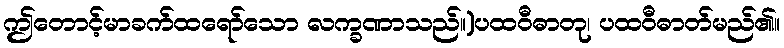
ဤတောင့်မာခက်ထရော်သော လက္ခဏာသည်။)ပထဝီဓာတု၊ ပထဝီဓာတ်မည်၏။